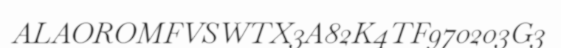
ALAOROMFVSWTX3A82K4TF970203G3